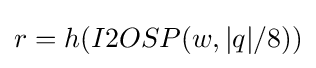
r=h(I2OSP(w,|q|/8))